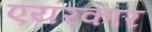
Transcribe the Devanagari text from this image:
एयरकार